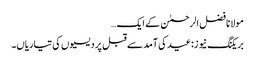
مولانا فضل الرحمٰن کے ایک…
بریکنگ نیوز:عید کی آمد سے قبل پردیسیوں کی تیاریاں۔